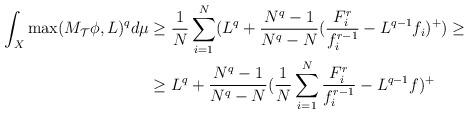
LaTeX: \begin{align*}\int_{X}\max(M_{\mathcal{T}}\phi,L)^{q}d\mu & \geq\frac{1}{N}\sum_{i=1}^{N}(L^{q}+\frac{N^{q}-1}{N^{q}-N}(\frac{F_{i}^{r}}{f_{i}^{r-1}}-L^{q-1}f_{i})^{+})\geq\\& \geq L^{q}+\frac{N^{q}-1}{N^{q}-N}(\frac{1}{N}\sum_{i=1}^{N}\frac{F_{i}^{r}}{f_{i}^{r-1}}-L^{q-1}f)^{+}\end{align*}